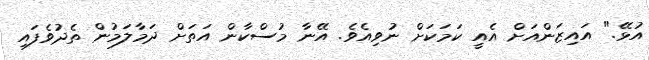
އުޅޭ." އައިޒަންއަށް އެއީ ކަމަކަށް ނުވިއެވެ. އޭނާ މުސްކާން އަތަށް ދަމާލަމުން ތެދުވެފައި